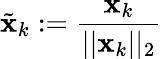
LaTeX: {\tilde{\textbf{x}}}_{k}:={\frac{{\textbf{x}}_{k}}{||{\textbf{x}}_{k}||_{2}}}